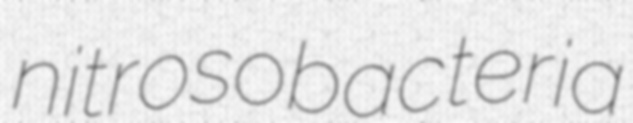
nitrosobacteria